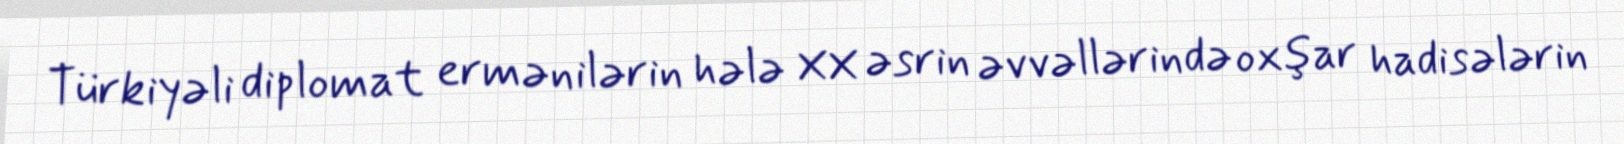
Türkiyəli diplomat ermənilərin hələ XX əsrin əvvəllərində oxşar hadisələrin